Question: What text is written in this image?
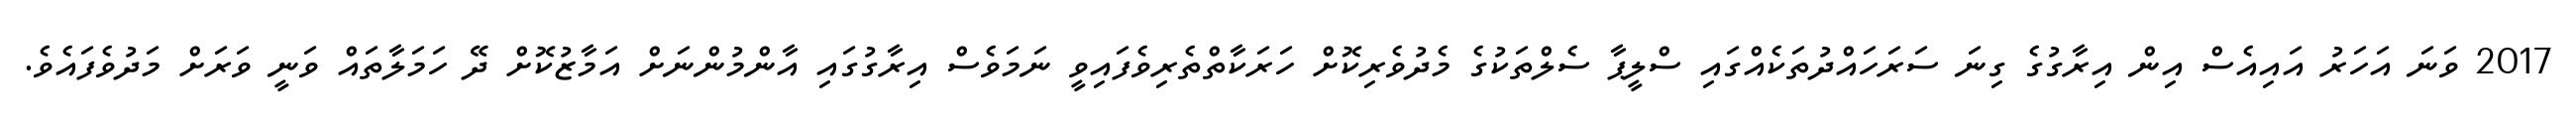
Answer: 2017 ވަނަ އަހަރު އައިއެސް އިން އިރާގުގެ ގިނަ ސަރަހައްދުތަކެއްގައި ސްލީޕާ ސެލްތަކުގެ މެދުވެރިކޮށް ހަރަކާތްތެރިވެފައިވީ ނަމަވެސް އިރާގުގައި އާންމުންނަށް އަމާޒުކޮށް ދޭ ހަމަލާތައް ވަނީ ވަރަށް މަދުވެފައެވެ.